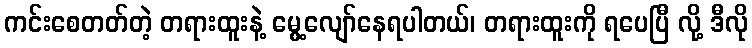
ကင်းစေတတ်တဲ့ တရားထူးနဲ့ မွေ့လျော်နေရပါတယ်၊ တရားထူးကို ရပေပြီ လို့ ဒီလို